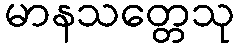
မာနသတ္တေသု